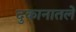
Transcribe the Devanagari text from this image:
दुकानातले